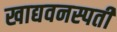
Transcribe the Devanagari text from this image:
खाद्यवनस्पती